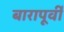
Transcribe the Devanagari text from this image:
बारापूर्वी